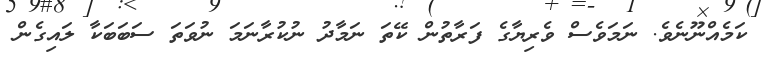
ކަމެއްނޫނެވެ. ނަމަވެސް ވެރިޔާގެ ފަރާތުން ކޭތަ ނަމާދު ނުކުރާނަމަ ނުވަތަ ސަބަބަކާ ލައިގެން